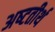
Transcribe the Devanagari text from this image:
अष्‍टतीर्थ